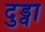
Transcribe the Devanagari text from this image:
दुड्वा